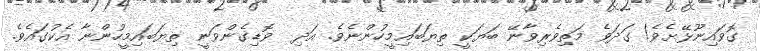
ގޮވައިނޫޅޭށެވެ! ގަދަވެ މަތިވެރިވާނޭ ބަޔަކީ ތިޔަބައިމީހުންނެވެ. އަދި  ވޮޑިގެންވަނީ ތިޔަބައިމީހުންނާ އެކުގައެވެ.